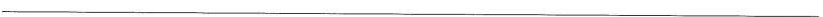
___